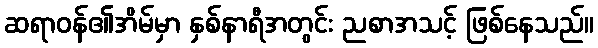
ဆရာဝန်၏အိမ်မှာ နှစ်နာရီအတွင်း ညစာအသင့် ဖြစ်နေသည်။